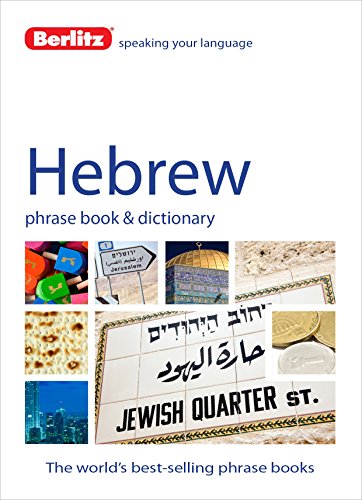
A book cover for Berlitz Hebrew Phrase Book & Dictionary; Berlitz Publishing; Reference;